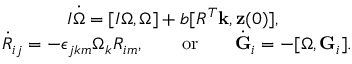
\begin{array} { r } { I \dot { \boldsymbol \Omega } = [ I { \boldsymbol \Omega } , { \boldsymbol \Omega } ] + b [ R ^ { T } { \bf k } , { \bf z } ( 0 ) ] , \qquad \qquad } \\ { \dot { R } _ { i j } = - \epsilon _ { j k m } \Omega _ { k } R _ { i m } , \qquad \mathrm { o r } \qquad \dot { \bf G } _ { i } = - [ { \boldsymbol \Omega } , { \bf G } _ { i } ] . } \end{array}